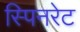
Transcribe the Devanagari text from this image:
स्पिनरेट